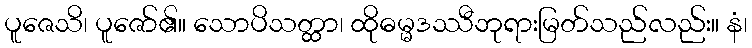
ပူဇေသိ၊ ပူဇော်၏။ သောပိသတ္ထာ၊ ထိုဓမ္မဒဿီဘုရားမြတ်သည်လည်း။ နံ၊